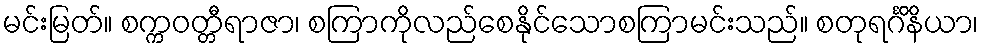
မင်းမြတ်။ စက္ကဝတ္တီရာဇာ၊ စကြာကိုလည်စေနိုင်သောစကြာမင်းသည်။ စတုရင်္ဂိနိယာ၊